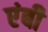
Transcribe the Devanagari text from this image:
एंबी